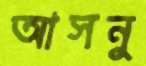
আসনু